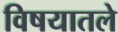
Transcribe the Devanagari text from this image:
विषयातले